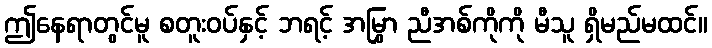
ဤနေရာတွင်မူ စတူးဝပ်နှင့် ဘရင့် အမြွှာ ညီအစ်ကိုကို မီသူ ရှိမည်မထင်။